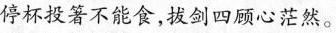
停杯投箸不能食，拔剑四顾心茫然。